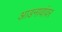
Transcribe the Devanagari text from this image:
आडनावांवर